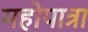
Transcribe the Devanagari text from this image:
महोपात्रा